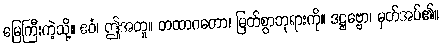
မြေကြီးကဲ့သို့။ ဧဝံ၊ ဤအတူ။ တထာဂတော၊ မြတ်စွာဘုရားကို။ ဒဋ္ဌဗ္ဗော၊ မှတ်အပ်၏။